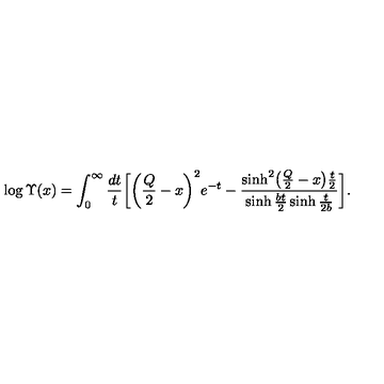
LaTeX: \log \Upsilon ( x ) = \int _ { 0 } ^ { \infty } \frac { d t } { t } \biggl [ \biggl ( \frac { Q } { 2 } - x \biggr ) ^ { 2 } e ^ { - t } - \frac { \sinh ^ { 2 } \bigl ( \frac { Q } { 2 } - x \bigr ) \frac { t } { 2 } } { \sinh \frac { b t } { 2 } \sinh \frac { t } { 2 b } } \biggr ] .